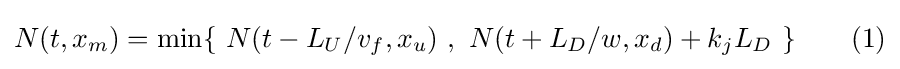
N(t,x_{m})=\min\{\ N(t-L_{U}/v_{f},x_{u})\ ,\ N(t+L_{D}/w,x_{d})+k_{j}L_{D}\ \}\qquad (1)